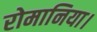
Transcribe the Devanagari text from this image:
रोमानिया।